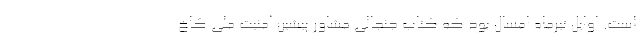
است. اوایل تیرماه امسال بود که کتاب جنجالی مشاور پیشین امنیت ملی کاخ